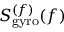
S _ { \mathrm { g y r o } } ^ { ( f ) } ( f )